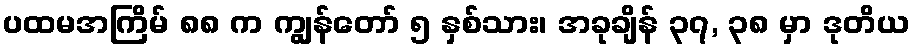
ပထမအကြိမ် ၈၈ က ကျွန်တော် ၅ နှစ်သား၊ အခုချိန် ၃၇, ၃၈ မှာ ဒုတိယ